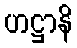
ဟဋ္ဌာနိ